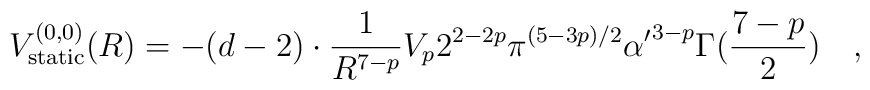
V_{\rm static}^{(0,0)} (R)= - (d-2) \cdot {{1}\over{R^{7-p}}} V_{p} 2^{2-2p} \pi^{(5-3p)/2} {\alpha^{\prime}}^{3-p} \Gamma ({{7-p}\over{2}}) \quad ,